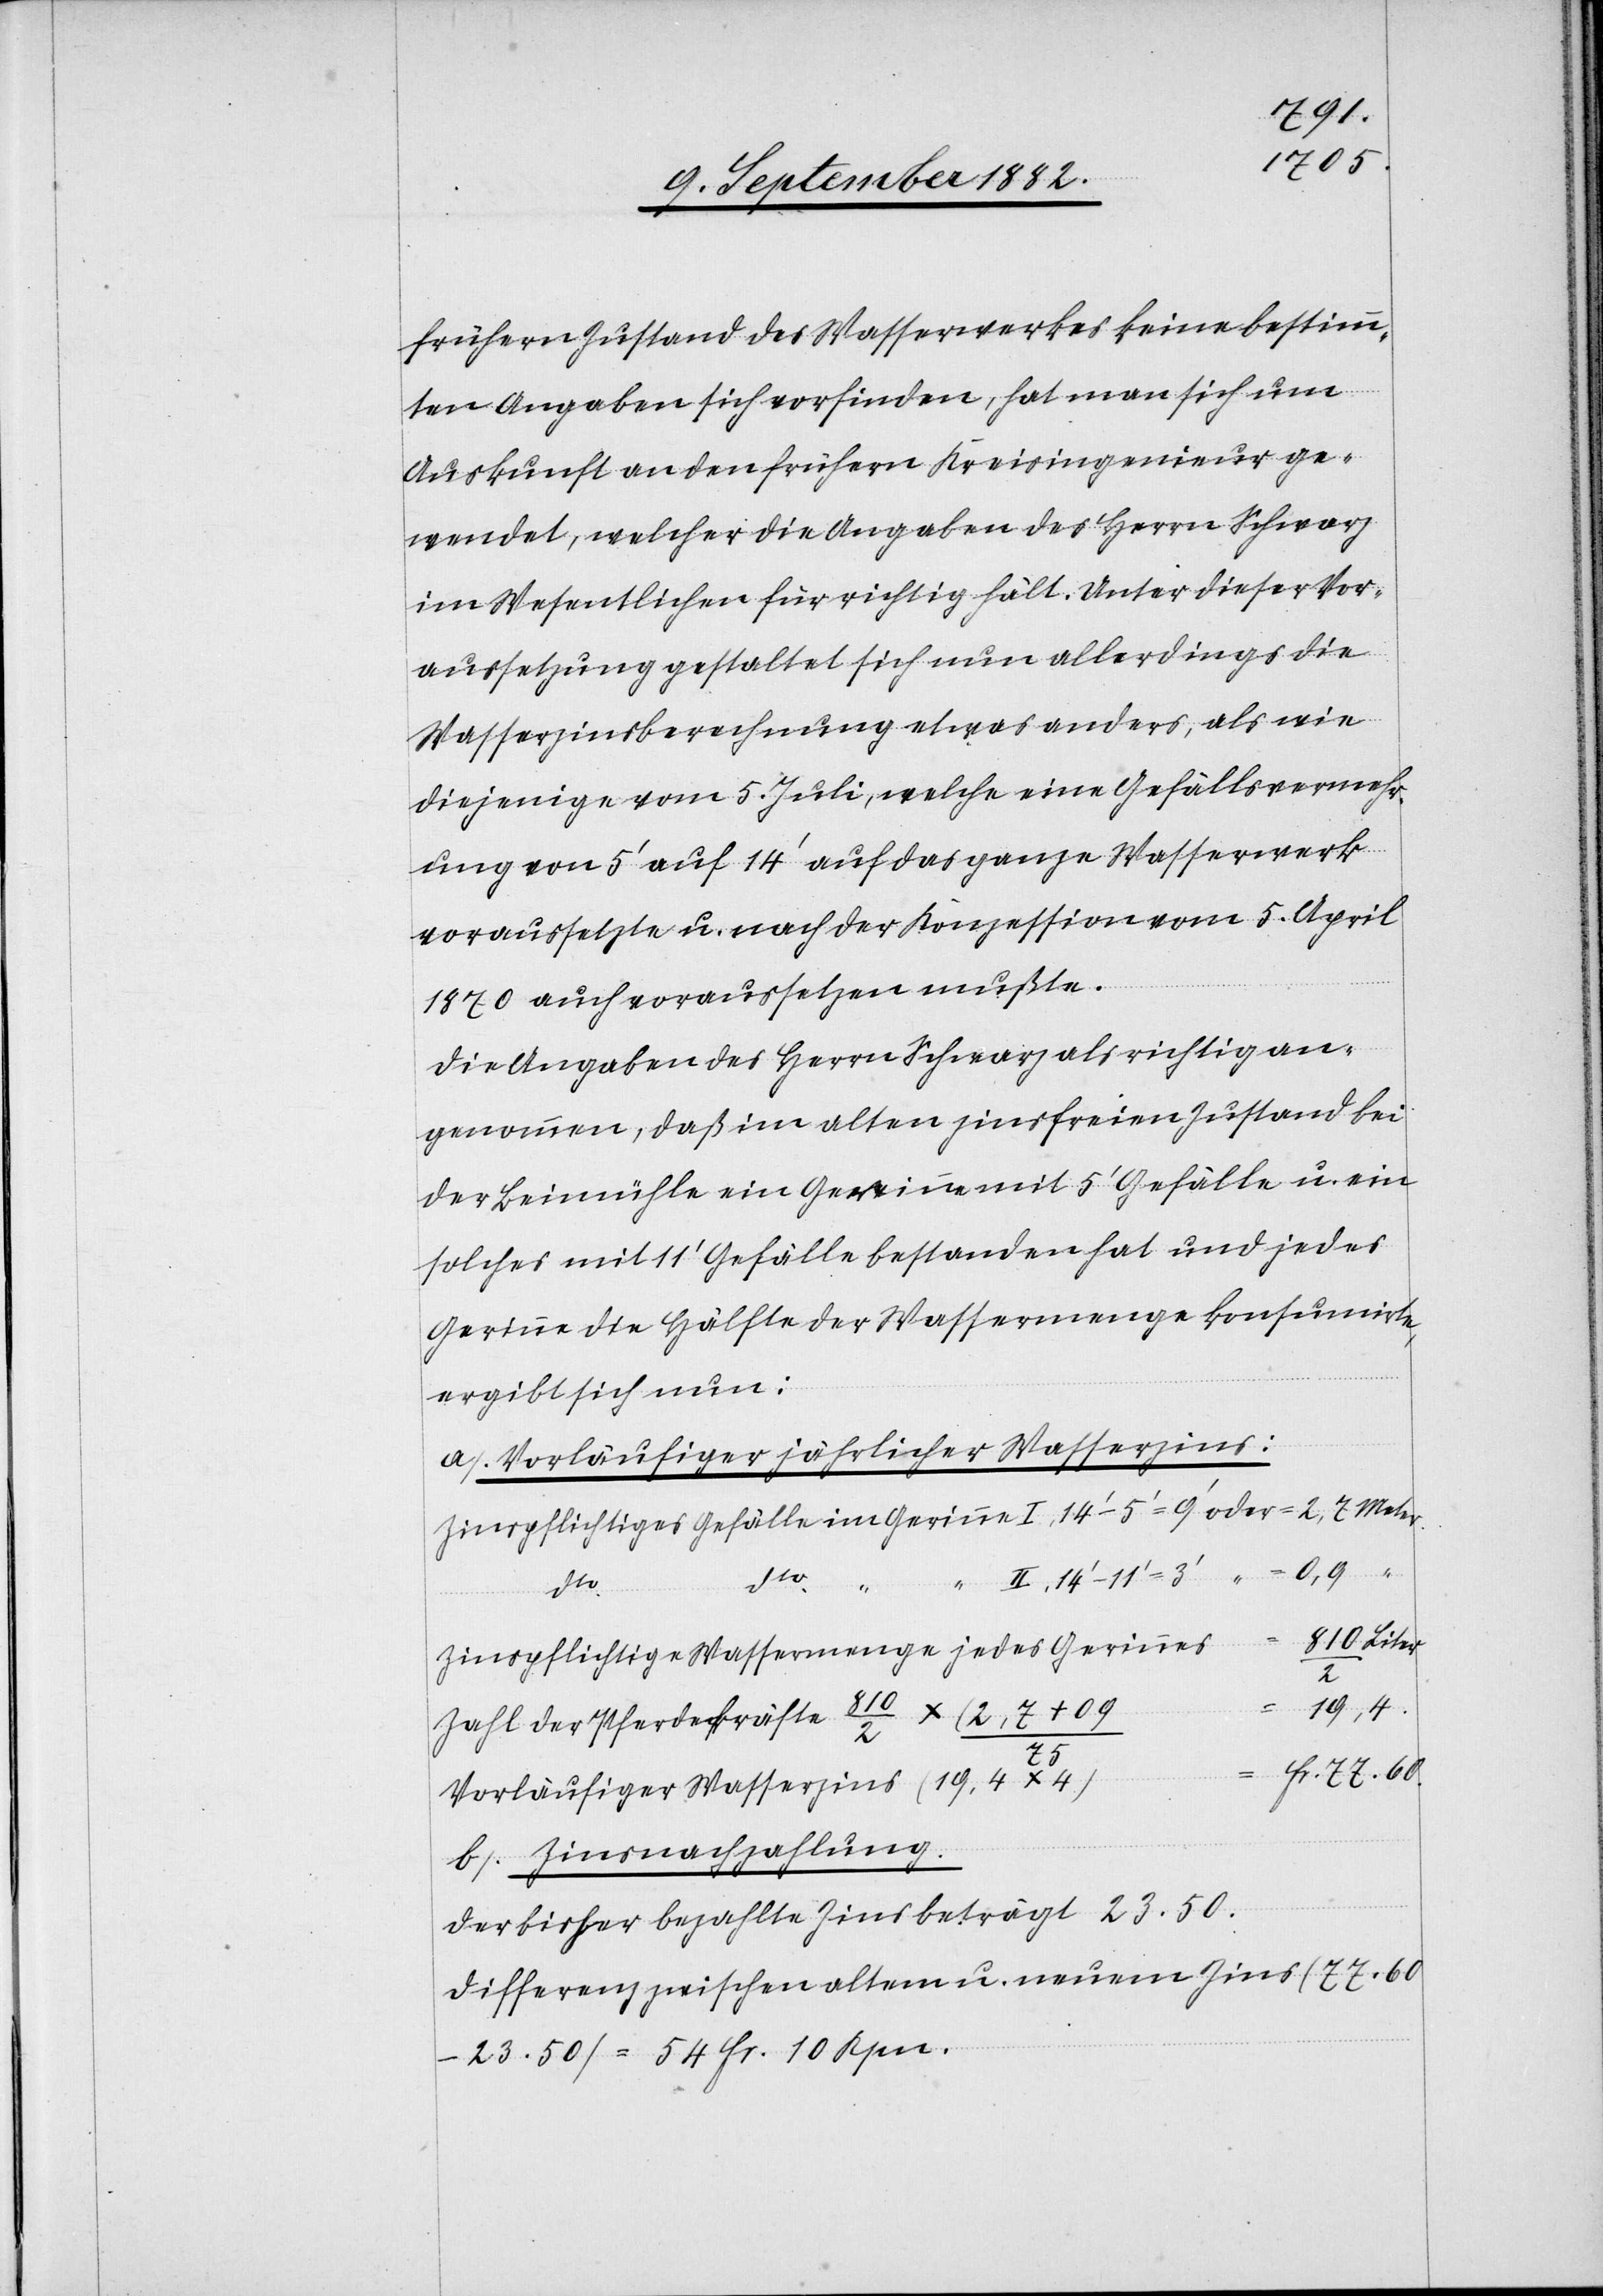
77.60.
frühern Zustand des Wasserwerkes keine bestimm¬
ten Angaben sich vorfinden, hat man sich um
Auskunft an den frühern Kreisingenieur ge¬
wendet, welcher die Angaben des Herrn Schwarz
im Wesentlichen für richtig hält. Unter dieser Vor¬
aussetzung gestaltet sich nun allerdings die
Wasserzinsberechnung etwas anders, als wie
diejenige vom 5. Juli, welche eine Gefällsvermehr¬
ung von 5‘ auf 14‘ auf das ganze Wasserwerk
voraussetze u. nach der Konzession vom 5. April
1870 auch voraussetzen mußte.
Die Angaben des Herrn Schwarz als richtig an¬
genommen, daß im alten zinsfreien Zustand bei
der Beimühle ein Gerinne mit 5‘ Gefälle u. ein
solches mit 11‘ Gefälle bestanden hat und jedes
Gerinne die Hälfte der Wassermenge konsumirte,
ergibt sich nun:
a) Vorläufiger jährlicher Wasserzins:
ne
Fr.
Meter
Zinspflichtige Wassermenge jedes Gerinnes
19,4
Zahl der Pferdekräfte 810/2 x (2,7 +
Vorläufiger Wasserzins (19,4 x 4)
b) Zinsnachzahlung.
Der bisher bezahlte Zins betrug 23.50.
Differenz zwischen altem u. neuem Zins (77.60
23.50) = 54 Fr. 10 Rpn.